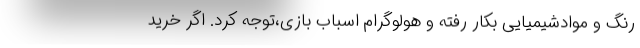
رنگ و موادشیمیایی بکار رفته و هولوگرام اسباب بازی،توجه کرد. اگر خرید